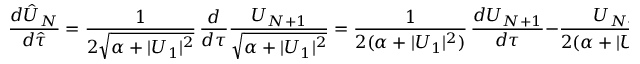
\frac { d \hat { U } _ { N } } { d \hat { \tau } } = \frac { 1 } { 2 \sqrt { \alpha + | U _ { 1 } | ^ { 2 } } } \, \frac { d } { d \tau } \frac { U _ { N + 1 } } { \sqrt { \alpha + | U _ { 1 } | ^ { 2 } } } = \frac { 1 } { 2 ( \alpha + | U _ { 1 } | ^ { 2 } ) } \, \frac { d U _ { N + 1 } } { d \tau } - \frac { U _ { N + 1 } } { 2 ( \alpha + | U _ { 1 } | ^ { 2 } ) ^ { 2 } } \, \mathrm { R e } \left( U _ { 1 } ^ { * } \frac { d U _ { 1 } } { d \tau } \right) .